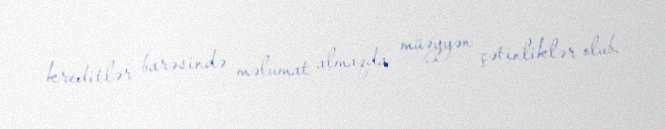
kreditlər barəsində məlumat almaqda müəyyən çətinliklər olub.